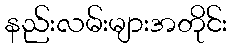
နည်းလမ်းများအတိုင်း